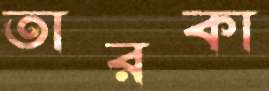
তারকা